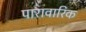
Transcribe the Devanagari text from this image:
पारावारिक